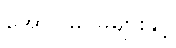
အောင်မြင်မှုများနှင့်